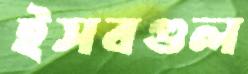
ইসবগুল